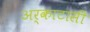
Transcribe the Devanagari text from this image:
अर्काटासी